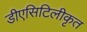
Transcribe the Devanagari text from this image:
डीएसिटिलीकृत